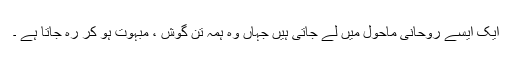
ایک ایسے روحانی ماحول میں لے جاتی ہیں جہاں وہ ہمہ تن گوش ، مبہوت ہو کر رہ جاتا ہے ۔